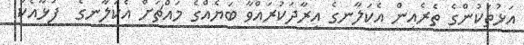
އަޅުތަކުންގެ ތެރެއިން އެކަލާނގެ އިރާދަކުރައްވާ ބަޔެއްގެ މައްޗަށް އެކަލާނގެ  ފުޅާއެކު